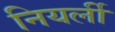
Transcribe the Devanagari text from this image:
नियर्ली